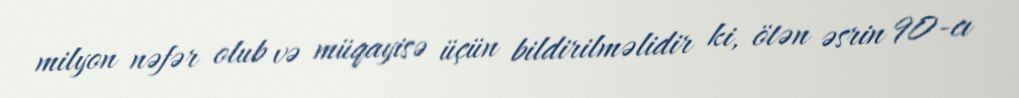
milyon nəfər olub və müqayisə üçün bildirilməlidir ki, ötən əsrin 90-cı